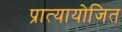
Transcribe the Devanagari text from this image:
प्रात्यायोजित